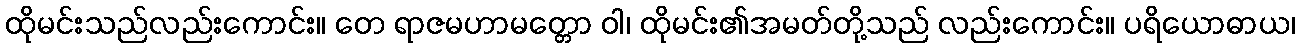
ထိုမင်းသည်လည်းကောင်း။ တေ ရာဇမဟာမတ္တော ဝါ၊ ထိုမင်း၏အမတ်တို့သည် လည်းကောင်း။ ပရိယောဓာယ၊